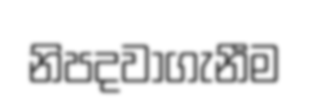
නිපදවාගැනීම